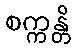
စက္ကန္တိ